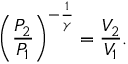
\left( { \frac { P _ { 2 } } { P _ { 1 } } } \right) ^ { - { \frac { 1 } { \gamma } } } = { \frac { V _ { 2 } } { V _ { 1 } } } .